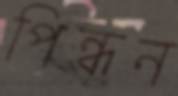
পিন্ধন